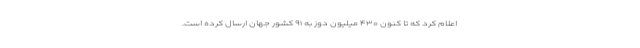
اعلام کرد که تا کنون ۴۳۰ میلیون دوز به ۹۱ کشور جهان ارسال کرده است.